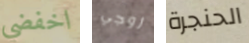
اخفضي زوجي الحنجرة